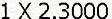
1 X 2.3000